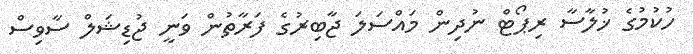
ހުކުމުގެ ޚުލާސާ ރިޕޯޓް ނުދިން މައްސަލަ ޖާބިރުގެ ފަރާތުން ވަނީ ޖުޑިޝަލް ސާވިސް